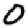
Digit: 0